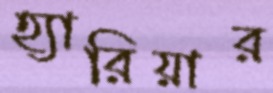
হ্যারিয়ার